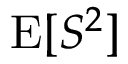
\operatorname { E } [ S ^ { 2 } ]